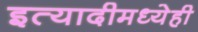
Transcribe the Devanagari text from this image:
इत्यादीमध्येही